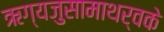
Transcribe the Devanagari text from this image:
ऋग्यजुसामाथर्वके